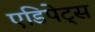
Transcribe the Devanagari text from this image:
एडिपेट्स